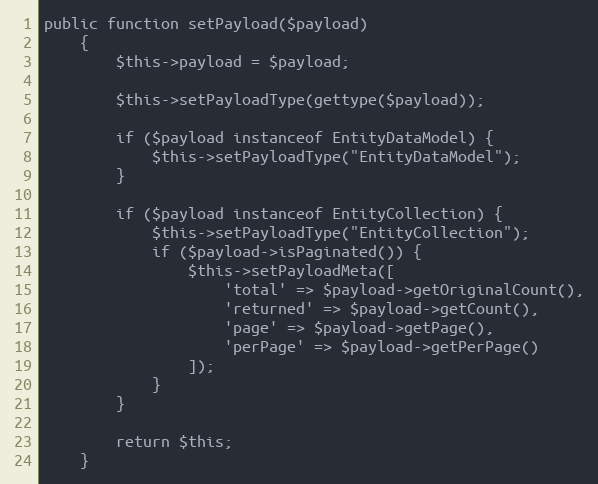
Language: PHP
public function setPayload($payload)
    {
        $this->payload = $payload;

        $this->setPayloadType(gettype($payload));

        if ($payload instanceof EntityDataModel) {
            $this->setPayloadType("EntityDataModel");
        }

        if ($payload instanceof EntityCollection) {
            $this->setPayloadType("EntityCollection");
            if ($payload->isPaginated()) {
                $this->setPayloadMeta([
                    'total' => $payload->getOriginalCount(),
                    'returned' => $payload->getCount(),
                    'page' => $payload->getPage(),
                    'perPage' => $payload->getPerPage()
                ]);
            }
        }

        return $this;
    }